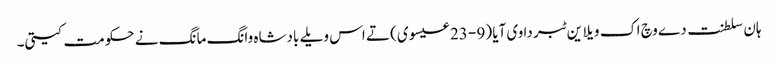
ہان سلطنت دے وچ اک ویلا ین ٹبر دا وی آیا (9 - 23 عیسوی) تے اس ویلے بادشاہ وانگ مانگ نے حکومت کیتی۔